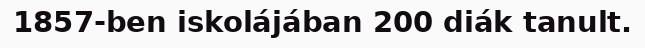
1857-ben iskolájában 200 diák tanult.